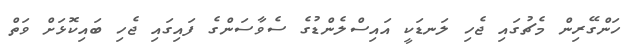
ހަންގޭރިން މެޗުގައި ޖެހި ލަނޑަކީ އައިސްލެންޑުގެ ސެވާސަންގެ ފައިގައި ޖެހި ބައިކޮޅަށް ވަތް